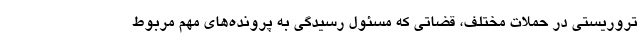
تروریستی در حملات مختلف، قضاتی که مسئول رسیدگی به پرونده‌های مهم مربوط